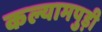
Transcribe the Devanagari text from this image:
कल्यामपुड़ी